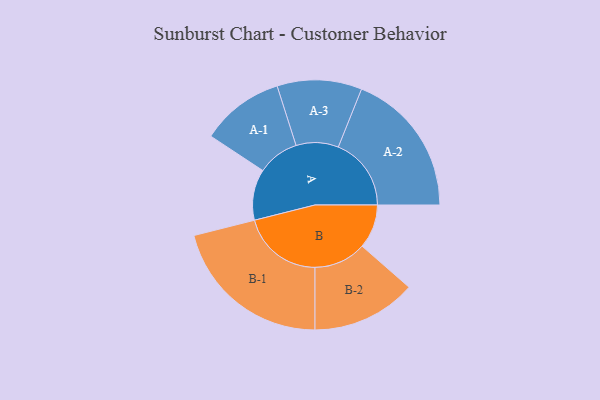
{"axis": {"x": "Segment", "y": "Value"}, "legend": ["", "A", "B"], "data": [{"x": "A", "y": 148, "type": ""}, {"x": "B", "y": 128, "type": ""}, {"x": "A-1", "y": 121, "type": "A"}, {"x": "A-2", "y": 212, "type": "A"}, {"x": "A-3", "y": 123, "type": "A"}, {"x": "B-1", "y": 236, "type": "B"}, {"x": "B-2", "y": 152, "type": "B"}]}